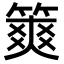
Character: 𥱶